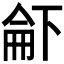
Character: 𠁄